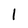
Character: l